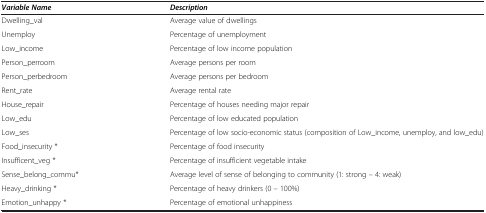
<table><thead><tr><td><b><i>Variable Name</i></b></td><td><b><i>Description</i></b></td></tr></thead><tbody><tr><td>Dwelling_val</td><td>Average value of dwellings</td></tr><tr><td>Unemploy</td><td>Percentage of unemployment</td></tr><tr><td>Low_income</td><td>Percentage of low income population</td></tr><tr><td>Person_perroom</td><td>Average persons per room</td></tr><tr><td>Person_perbedroom</td><td>Average persons per bedroom</td></tr><tr><td>Rent_rate</td><td>Average rental rate</td></tr><tr><td>House_repair</td><td>Percentage of houses needing major repair</td></tr><tr><td>Low_edu</td><td>Percentage of low educated population</td></tr><tr><td>Low_ses</td><td>Percentage of low socio-economic status (composition of Low_income, unemploy, and low_edu)</td></tr><tr><td>Food_insecurity *</td><td>Percentage of food insecurity</td></tr><tr><td>Insufficent_veg *</td><td>Percentage of insufficient vegetable intake</td></tr><tr><td>Sense_belong_commu*</td><td>Average level of sense of belonging to community (1: strong – 4: weak)</td></tr><tr><td>Heavy_drinking *</td><td>Percentage of heavy drinkers (0 – 100%)</td></tr><tr><td>Emotion_unhappy *</td><td>Percentage of emotional unhappiness</td></tr></tbody></table>